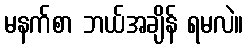
မနက်စာ ဘယ်အချိန် ရမလဲ။